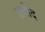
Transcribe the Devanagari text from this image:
ज़बीद